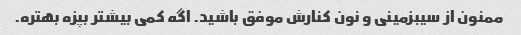
ممنون از سیبزمینی و نون کنارش موفق باشید. اگه کمی بیشتر بپزه بهتره.